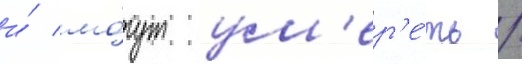
и́ мо́гут ум'ер'е́ть /